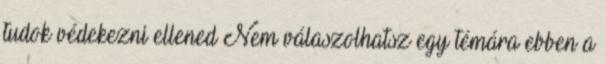
tudok védekezni ellened Nem válaszolhatsz egy témára ebben a